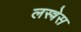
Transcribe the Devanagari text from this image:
लस्त्रेस